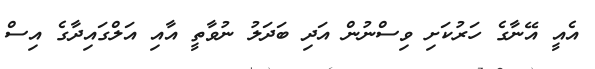
އެއީ އޭނާގެ ހަރުކަށި ވިސްނުން އަދި ބަދަލު ނުވާތީ އާއި އަލްގައިދާގެ އިސް